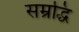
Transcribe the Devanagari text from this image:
सम्रद्धि